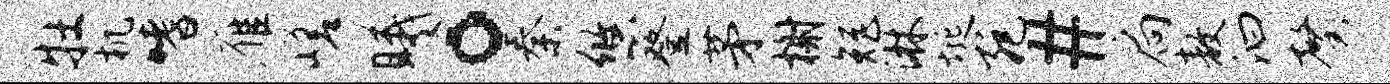
牡机嗜雁嵯曦。秦悠登茅榭矩淋埏宛#扃敖汩馨